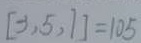
[ 3 , 5 , 7 ] = 1 0 5